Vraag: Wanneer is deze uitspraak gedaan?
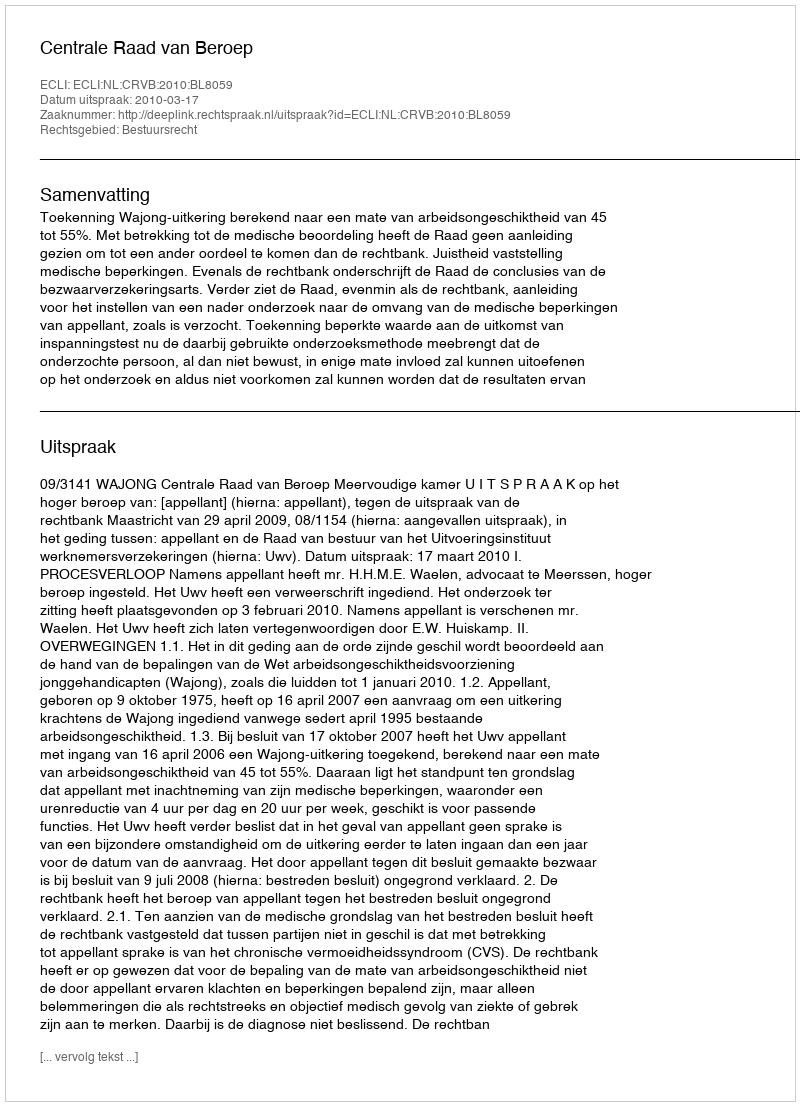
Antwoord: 2010-03-17